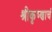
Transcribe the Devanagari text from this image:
श्रीकृष्णाचं